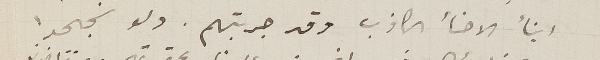
ابنأ الاخأ الكاذب وقد جربتهم. ولو نجحوا